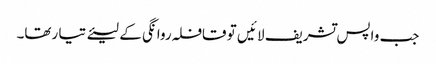
جب واپس تشریف لا ئیں تو قافلہ روا نگی کے لیئے تیا رتھا۔